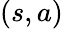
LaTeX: (s,a)